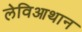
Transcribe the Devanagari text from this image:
लेविआथान